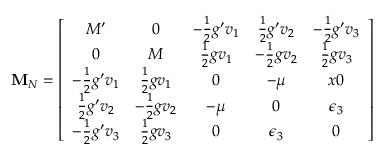
{ \bf M } _ { N } = \left[ \begin{array} { c c c c c } { { M ^ { \prime } } } & { { 0 } } & { { - \frac 1 2 g ^ { \prime } v _ { 1 } } } & { { \frac 1 2 g ^ { \prime } v _ { 2 } } } & { { - \frac 1 2 g ^ { \prime } v _ { 3 } } } \\ { { 0 } } & { { M } } & { { \frac 1 2 g v _ { 1 } } } & { { - \frac 1 2 g v _ { 2 } } } & { { \frac 1 2 g v _ { 3 } } } \\ { { - \frac 1 2 g ^ { \prime } v _ { 1 } } } & { { \frac 1 2 g v _ { 1 } } } & { { 0 } } & { { - \mu } } & { { x 0 } } \\ { { \frac 1 2 g ^ { \prime } v _ { 2 } } } & { { - \frac 1 2 g v _ { 2 } } } & { { - \mu } } & { { 0 } } & { { \epsilon _ { 3 } } } \\ { { - \frac 1 2 g ^ { \prime } v _ { 3 } } } & { { \frac 1 2 g v _ { 3 } } } & { { 0 } } & { { \epsilon _ { 3 } } } & { { 0 } } \end{array} \right]